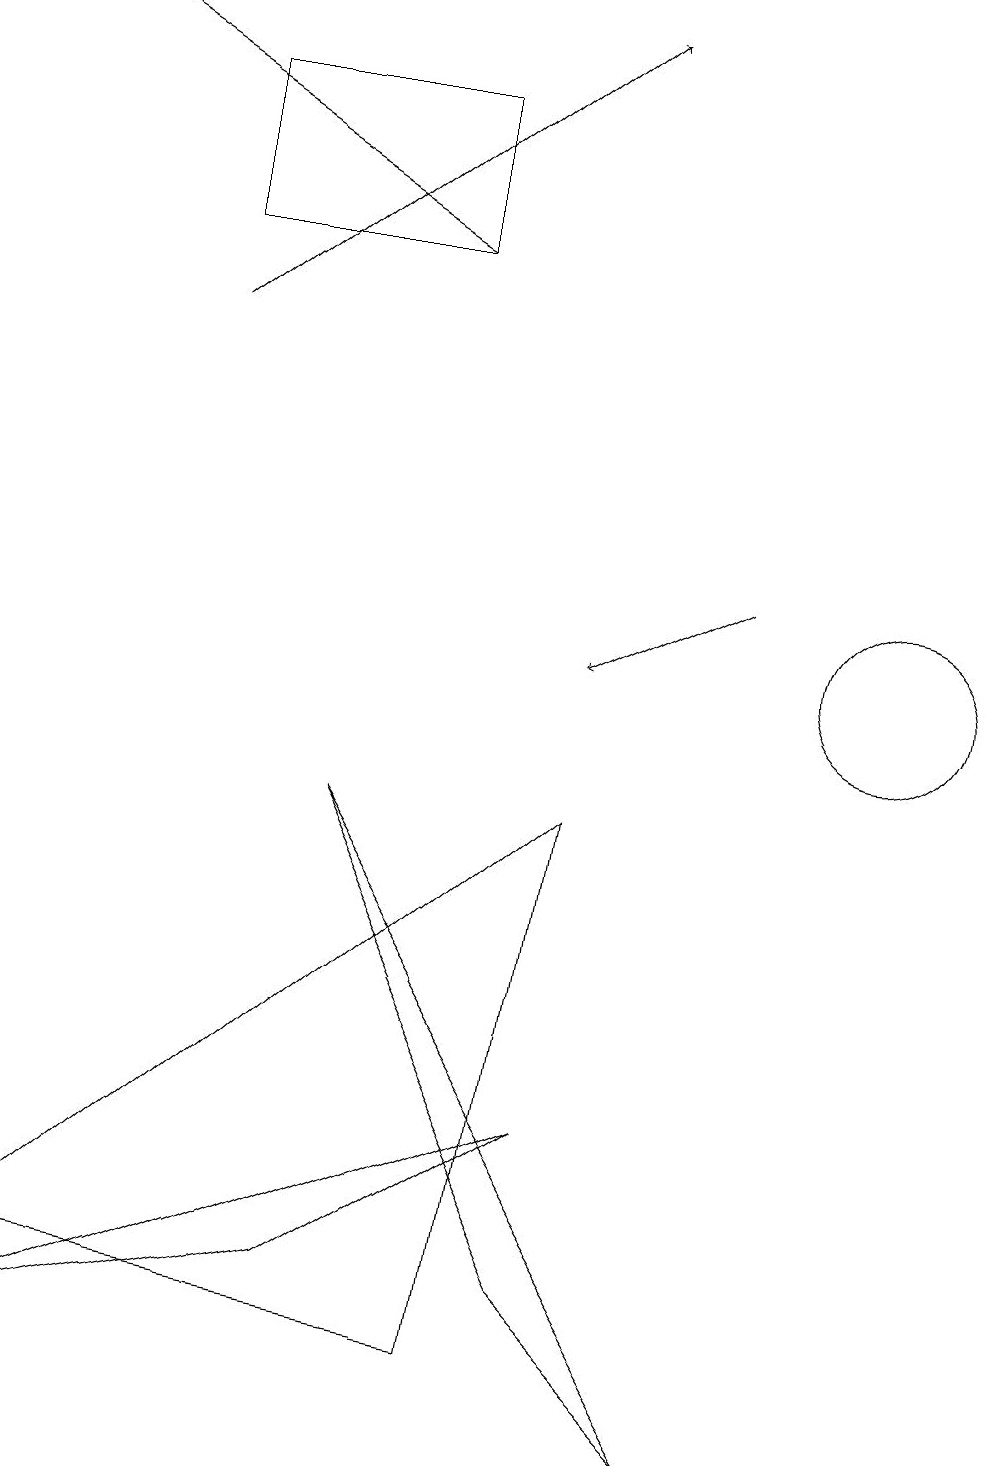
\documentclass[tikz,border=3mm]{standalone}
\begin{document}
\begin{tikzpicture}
\draw[->] (9,12) -- (7,11);
\draw (11,11) circle (1);
\draw (7,5) -- (0,2) -- (4,3) -- cycle;
\draw (5,16) rectangle (2,18);
\draw[->] (5,16) -- (0,19);
\draw[->] (2,15) -- (7,19);
\draw (6,2) -- (7,9) -- (0,3) -- cycle;
\draw (7,3) -- (4,9) -- (9,1) -- cycle;
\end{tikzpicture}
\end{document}